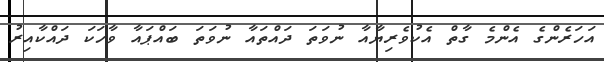
އަހަރެންގެ އެންމެ ގާތް އެކުވެރިޔާއާ ނުވަތަ ދައްތައާ ނުވަތަ ބައްޕައާ ވާހަކަ ދައްކާއިރު